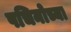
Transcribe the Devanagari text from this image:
पचिनोच्या